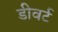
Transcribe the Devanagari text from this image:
डीवर्ट